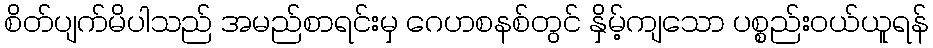
စိတ်ပျက်မိပါသည် အမည်စာရင်းမှ ဂေဟစနစ်တွင် နှိမ့်ကျသော ပစ္စည်းဝယ်ယူရန်